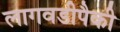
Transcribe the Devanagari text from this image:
लागवडीपैकी